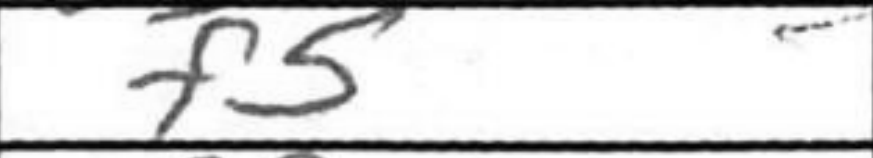
Transcription: f5